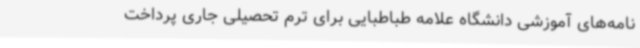
نامه‌های آموزشی دانشگاه علامه طباطبایی برای ترم تحصیلی جاری پرداخت